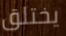
يختلق